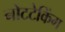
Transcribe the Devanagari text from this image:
नोटटेकिंग